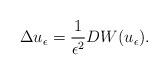
LaTeX: \begin{align*}\Delta u_{\epsilon}=\frac{1}{\epsilon^2}DW(u_{\epsilon}).\end{align*}